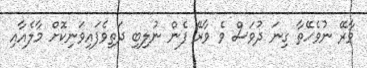
ވާރޭ ނުވެހޭތާ ގިނަ ދުވަސް ވެ ވާރޭ ފެން ނުލިބި ދަތިވެފައިވަނިކޮށް މާލެއާއި